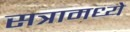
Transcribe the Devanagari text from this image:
सत्रामध्ये